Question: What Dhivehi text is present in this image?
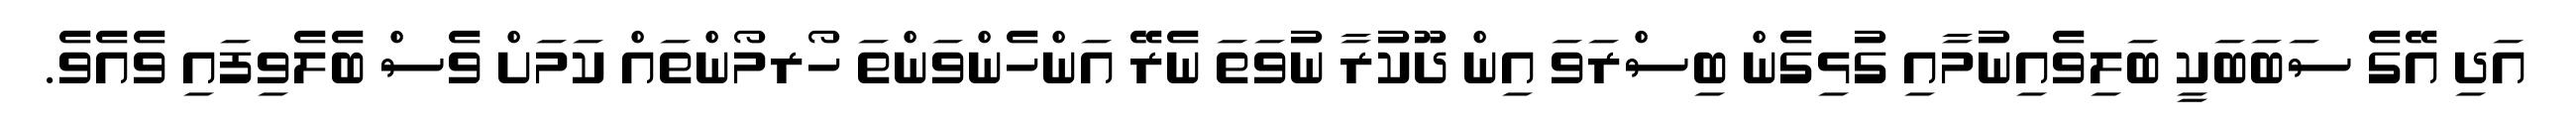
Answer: އަދި އޭގެ ސަބަބަކީ ބަލިވެއިނުމާއި ގުޅިގެން ބިސްރަވަ އިން ދޫކުރާ ނުވަތަ ނެރޭ އަންހެންވަންތަ ހޯރމޯންތައް ކަމަށް ވެސް ބެލެވިފައި ވެއެވެ.